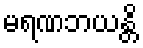
မရဏဘယန္တိ